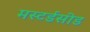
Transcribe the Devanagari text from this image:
मस्टर्डसीड